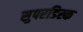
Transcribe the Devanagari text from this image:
सुपरडिस्क